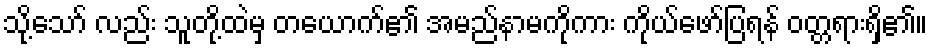
သို့သော် လည်း သူတို့ထဲမှ တယောက်၏ အမည်နာမကိုကား ကိုယ်ဖော်ပြရန် ဝတ္တရားရှိ၏။